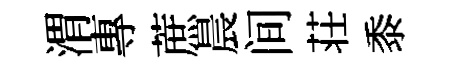
渭專蔗晨间荘黍